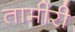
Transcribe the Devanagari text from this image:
तामीरी